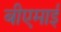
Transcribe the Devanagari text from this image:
बीएमाई